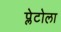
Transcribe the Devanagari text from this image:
प्लेटोला